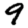
Digit: 9